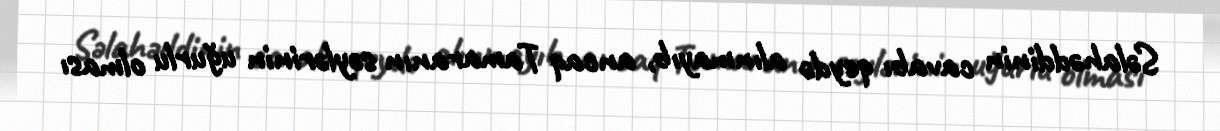
Səlahəddinin cavabı qeydə alınmayıb, ancaq Tamaranın səylərinin uğurlu olması